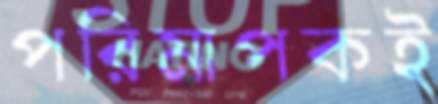
পরিমাপকই